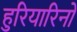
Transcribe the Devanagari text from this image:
हुरियारिनों